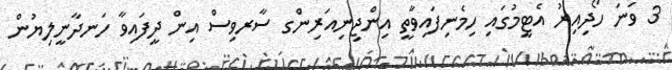
3 ވަނަ ހޯދިއިރު އެޓީމުގައި ހިމެނިފައިވާތީ އިންޖިނިއަރިންގ ސާރވިސް އިން ދީފައިވާ ހަނދާނީލިޔުން